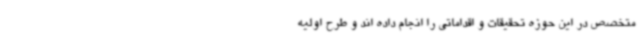
متخصص در این حوزه تحقیقات و اقداماتی را انجام داده‌ اند و طرح اولیه